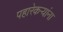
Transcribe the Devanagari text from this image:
पहारेकऱ्यांना